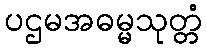
ပဌမအဓမ္မသုတ္တံ